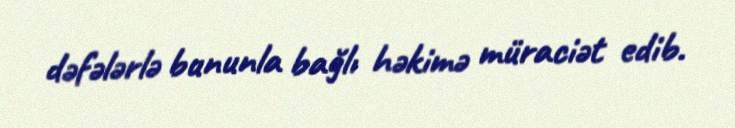
dəfələrlə bununla bağlı həkimə müraciət edib.